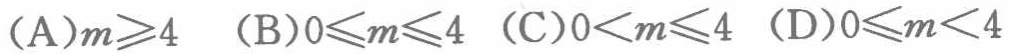
(A)$m\geqslant4$  (B)$0\leqslant m\leqslant4$  (C)$0<m\leqslant4$  (D)$0\leqslant m<4$